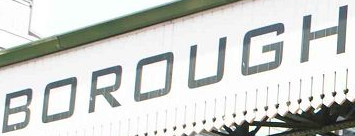
BOROUGH